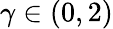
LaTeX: \gamma\in(0,2)